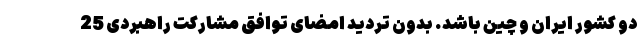
دو کشورِ ایران و چین باشد. بدون تردید امضای توافق مشارکت راهبردی 25